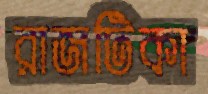
রাজটিকা